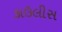
કાઉલીસ